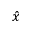
\hat { x }